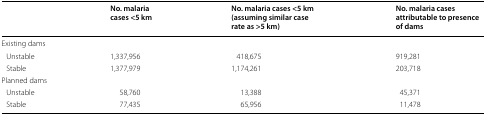
|  | No. malaria cases <5 km | No. malaria cases <5 km (assuming similar case rate as >5 km) | No. malaria cases attributable to presence of dams |
 | --- | --- | --- | --- |
 | <COLSPAN=4> Existing dams |
 | Unstable | 1,337,956 | 418,675 | 919,281 |
 | Stable | 1,377,979 | 1,174,261 | 203,718 |
 | <COLSPAN=4> Planned dams |
 | Unstable | 58,760 | 13,388 | 45,371 |
 | Stable | 77,435 | 65,956 | 11,478 |